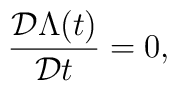
\frac{{\cal D} \Lambda(t)}{{\cal D} t} =0,